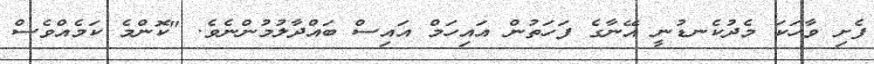
ފެށި ވާހަކަ މެދުކެނޑުނީ އޭނާގެ ފަހަތުން އައިހަމް އައިސް ބައްދާލުމުންނެވެ. "ކޮންމެ ކަމެއްވެސް